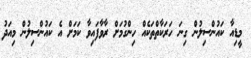
މީޑިއާ ކައުންސިލުން ގިނަ ހަަރަކާތްތަކެއް ހިންގުމަށް ރާވާފައިވާ ކަމަށް އެ ކައުންސިލުން މިއަދު